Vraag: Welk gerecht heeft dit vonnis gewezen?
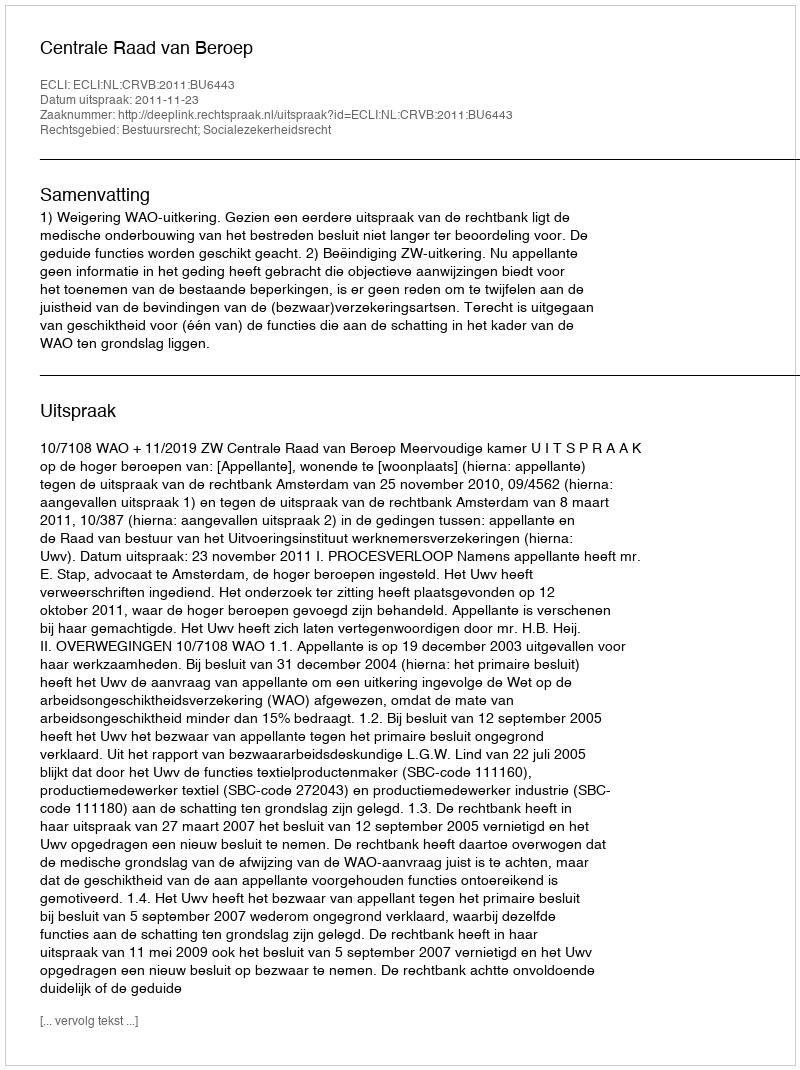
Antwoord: Centrale Raad van Beroep